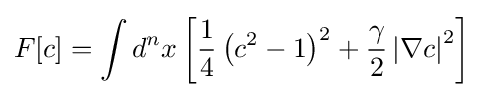
F[c]=\int d^{n}x\left[{\frac {1}{4}}\left(c^{2}-1\right)^{2}+{\frac {\gamma }{2}}\left|\nabla c\right|^{2}\right]